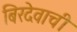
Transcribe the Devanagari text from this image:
बिरदेवाची